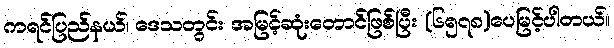
ကရင်ပြည်နယ်၊ ဒေသတွင်း အမြင့်ဆုံးတောင်ဖြစ်ပြီး (၆၅၇၈)ပေမြင့်ပါတယ်။